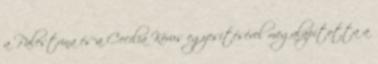
a Palestrina és a Cecília Kórus egyesítésével megalapította a